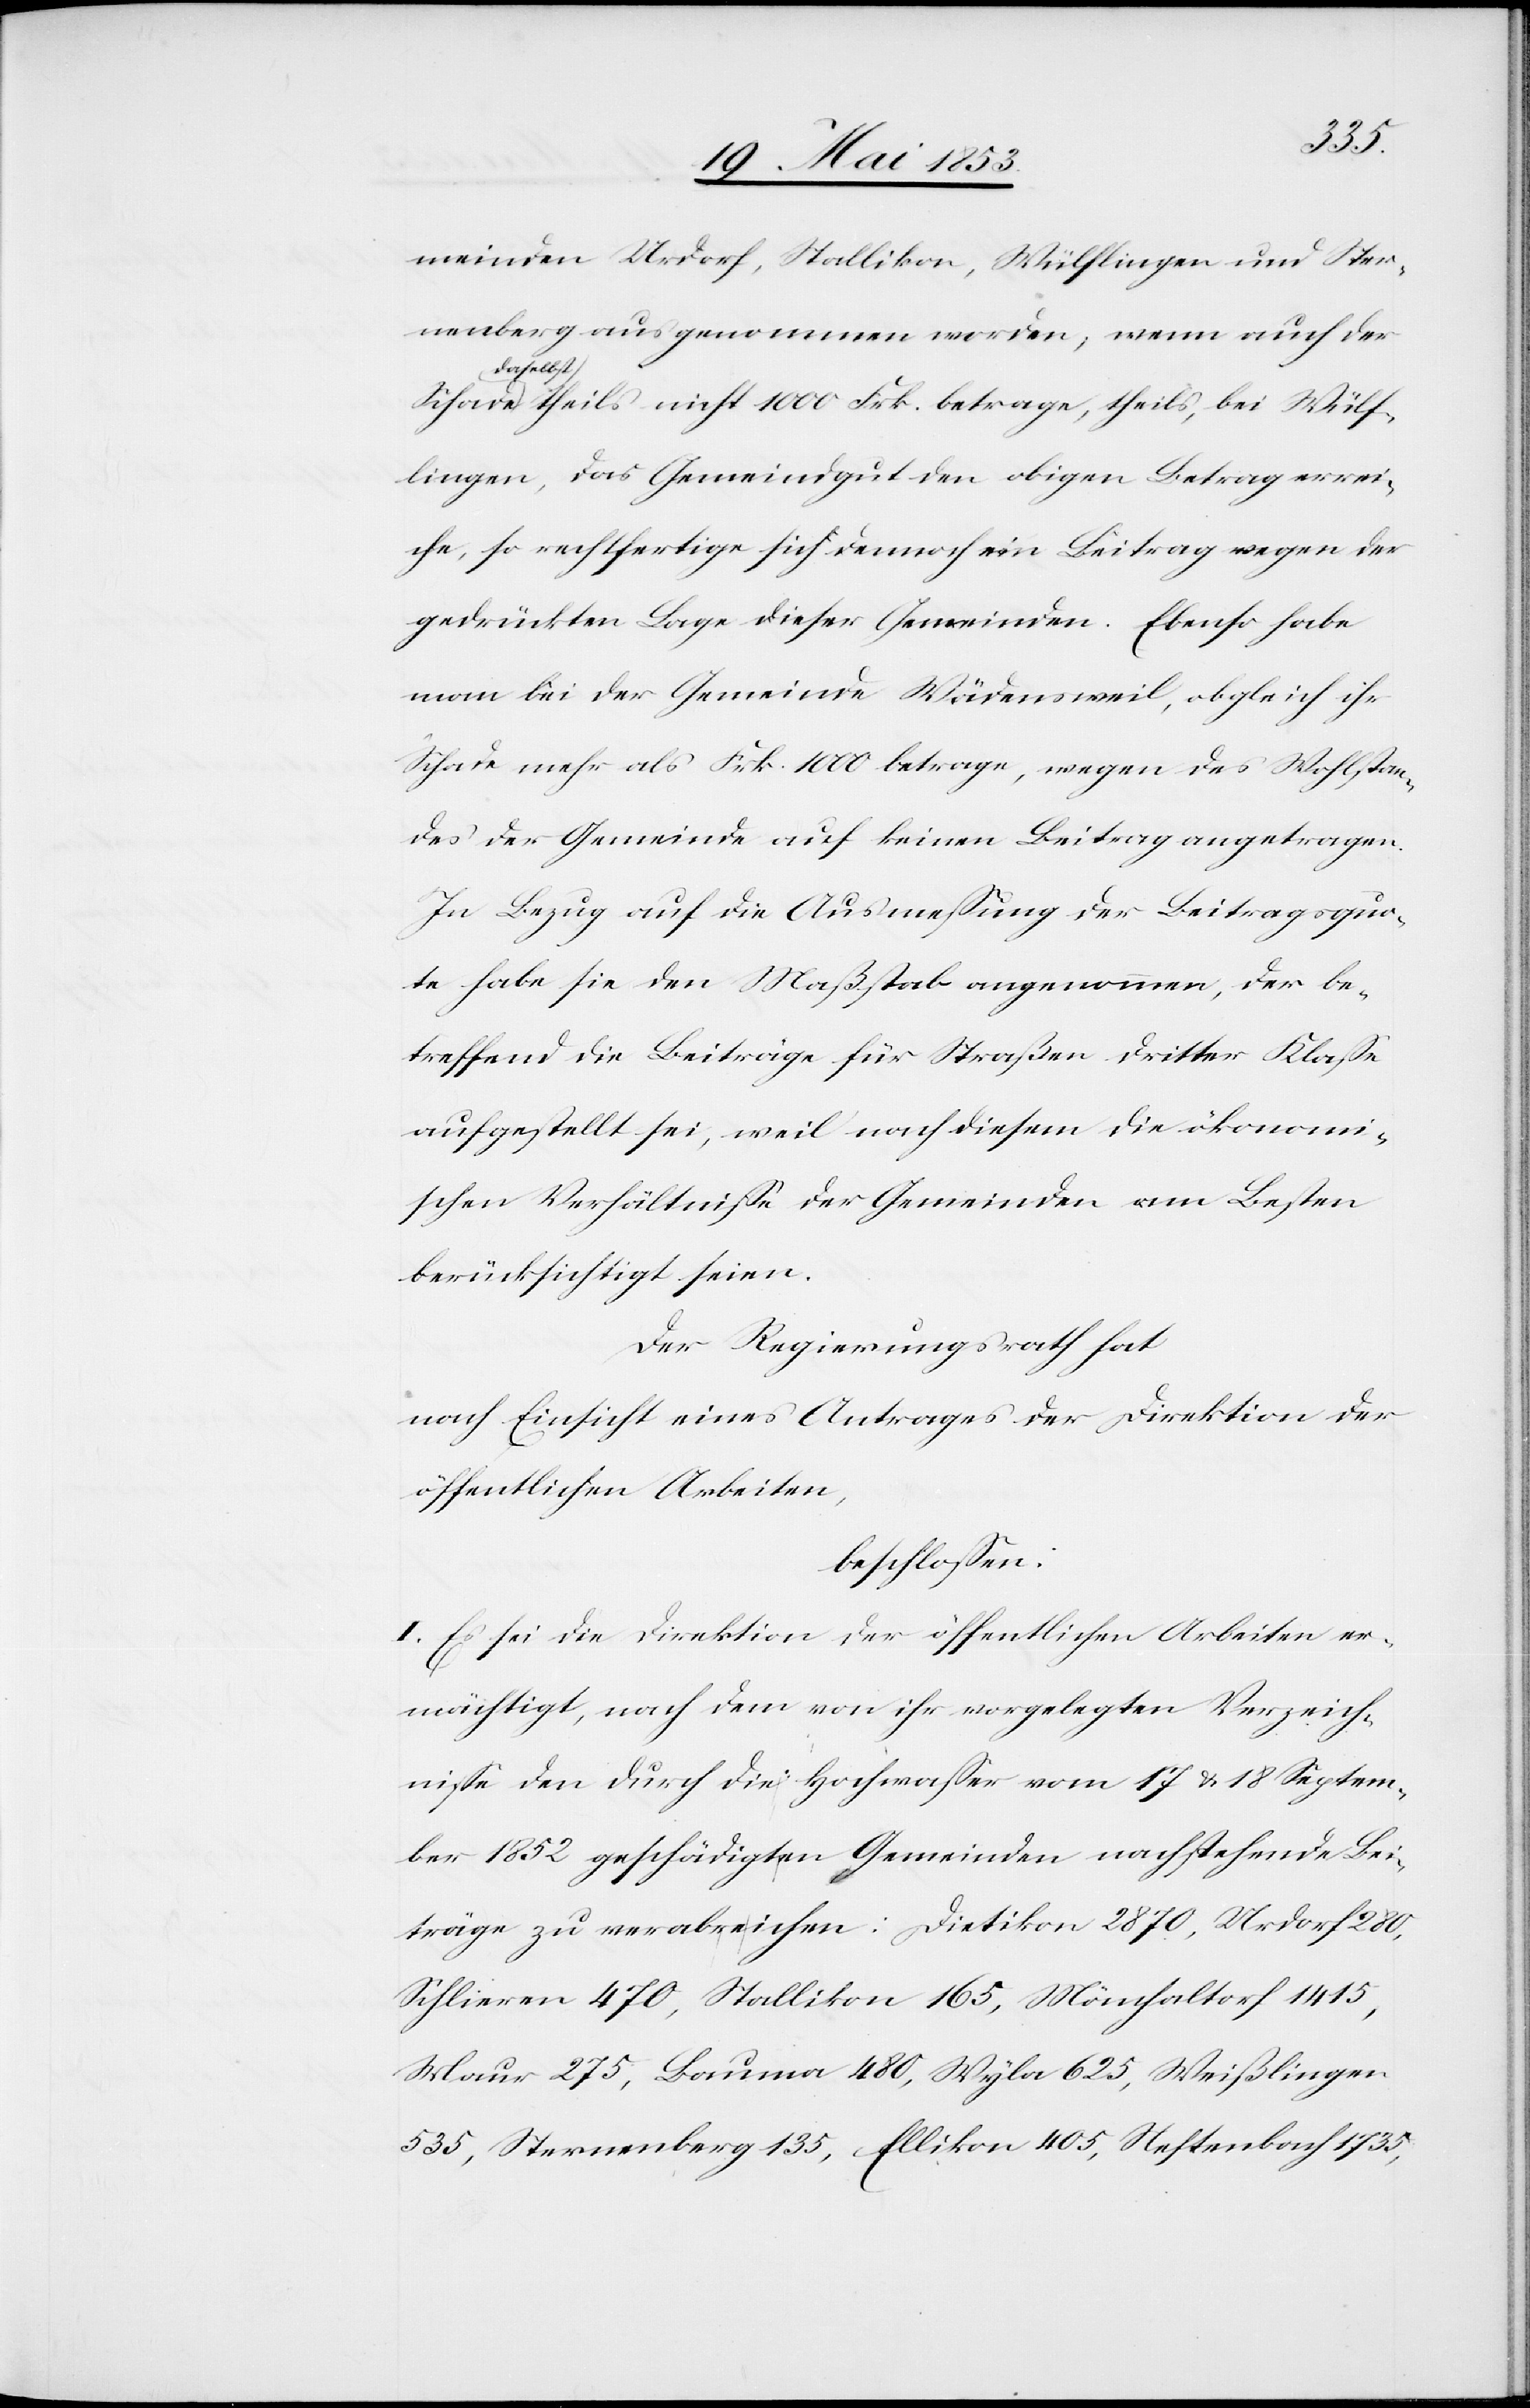
meinden Urdorf, Stallikon, Wülflingen und Ster¬
nenberg ausgenommen worden, wenn auch der
daselbs¬
t theils nicht 1000 Frk. betrage, theils, bei Wülf¬
lingen, das Gemeindgut den obigen Betrag errei¬
che, so rechtfertige sich dennoch ein Betrag wegen der
gedrückten Lage dieser Gemeinden. Ebenso habe
man bei der Gemeinde Wädensweil, obgleich ihr
Schade mehr als Frk. 1000 betrage, wegen des Wohlstan¬
des der Gemeinde auf keinen Beitrag angetragen.
In Bezug auf die Ausmeßung der Beitragsquo¬
te habe sie den Maßstab angenommen, der be¬
treffend die Beiträge für Straßen dritter Klaße
aufgestellt sei, weil nach diesem die ökonomi¬
schen Verhältniße der Gemeinden am Besten
berücksichtigt seien.
Der Regierungsrath hat
nach Einsicht eines Antrages der Direktion der
öffentlichen Arbeiten,
beschloßen:
I. Es sei die Direktion der öffentlichen Arbeiten er¬
mächtigt, nach dem von ihr vorgelegten Verzeich¬
niße den durch die Hochwaßer vom 17 u. 18 Septem¬
ber 1852 geschädigten Gemeinden nachstehende Bei¬
träge zu verabreichen: Dietikon 2870, Urdorf 280,
Schlieren 470, Stallikon 165, Mönchaltorf 1415,
Maur 275, Baum 480, Wyla 625, Weißlingen
535, Sternenberg 135, Ellikon 405, Neftenbach 1735,